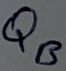
Text: QB